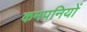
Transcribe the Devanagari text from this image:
कमपनियों